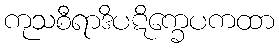
ကုသစီရာဒိပဋိက္ခေပကထာ